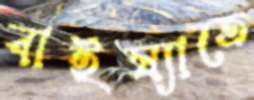
বাইষ্যাতে